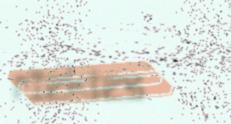
rïektes